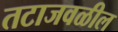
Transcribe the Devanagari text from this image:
तटाजवळील